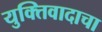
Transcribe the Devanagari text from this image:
युक्तिवादाचा